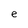
Character: e